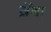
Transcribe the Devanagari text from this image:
ज़ेंगा